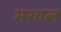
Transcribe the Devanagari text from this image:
भरवल